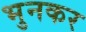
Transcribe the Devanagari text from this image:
भुनकर